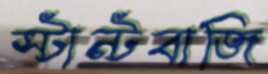
স্টান্টবাজি